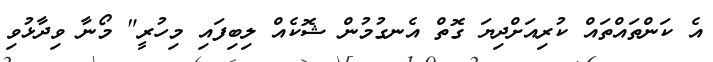
އެ ކަންތައްތައް ކުރިއަށްދިޔަ ގޮތް އެނގުމުން ޝޮކެއް ލިބިފައި މިހުރީ" މޯނާ ވިދާޅުވި